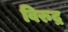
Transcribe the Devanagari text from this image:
विरुद्र